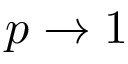
p \to 1